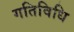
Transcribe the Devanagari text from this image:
गतिविधि